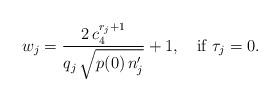
LaTeX: \begin{align*} w_j=\frac{2\,c_4^{r_j+1}}{ q_j\,\sqrt{p(0)\,n'_j}}+1,\quad\hbox{if }\tau_j=0. \end{align*}